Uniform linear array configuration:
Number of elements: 32
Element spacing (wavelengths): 0.75
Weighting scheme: binomial
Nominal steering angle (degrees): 45
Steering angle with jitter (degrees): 43.096
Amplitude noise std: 0.05
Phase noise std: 0.05

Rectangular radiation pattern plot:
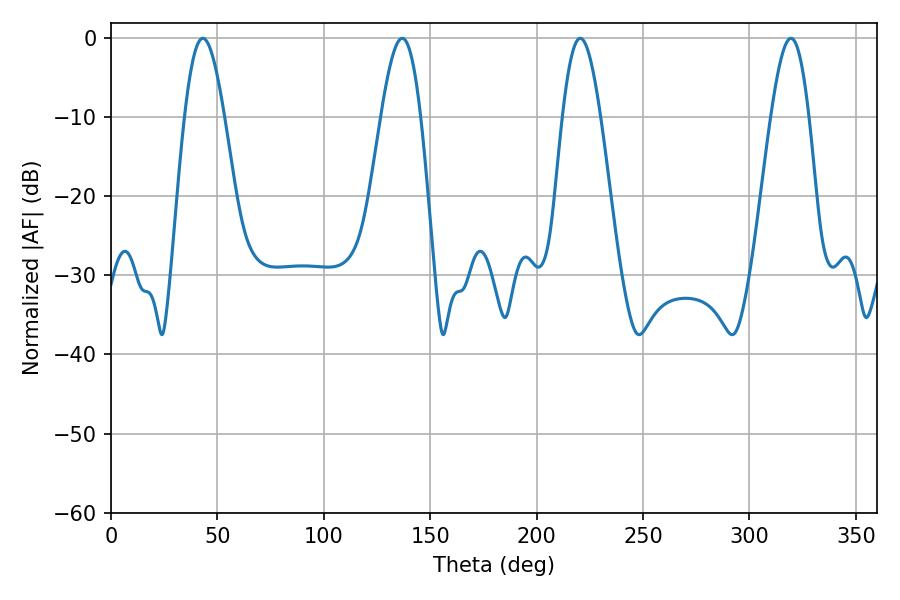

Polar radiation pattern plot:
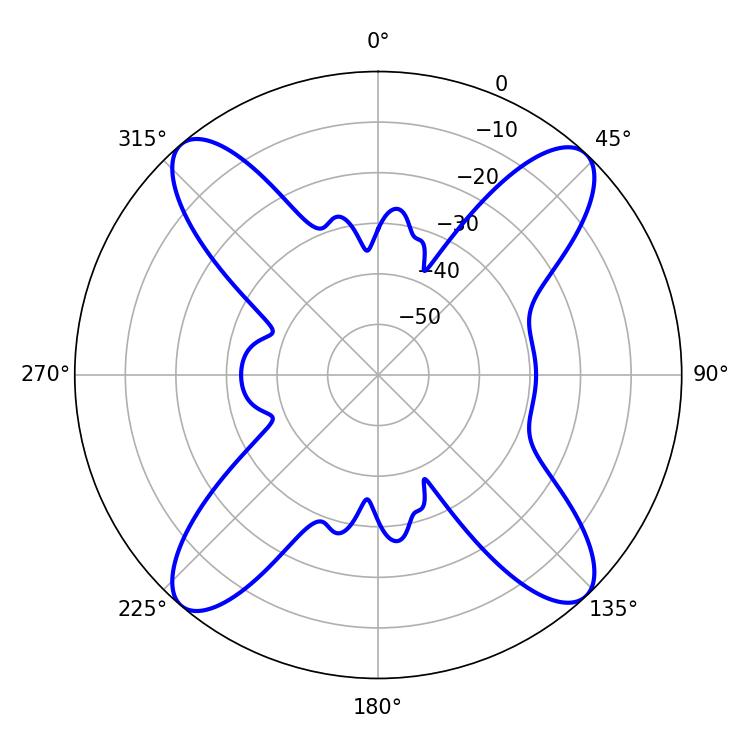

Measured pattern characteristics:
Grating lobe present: TRUE
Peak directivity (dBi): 18.902
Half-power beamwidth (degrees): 9.72
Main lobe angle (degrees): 220.5